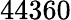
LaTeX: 44360